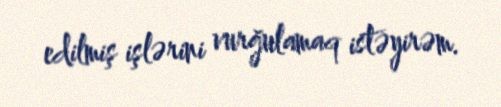
edilmiş işlərini vurğulamaq istəyirəm.